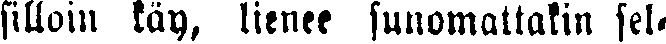
silloin käy, lienee sanomattakin sel-